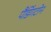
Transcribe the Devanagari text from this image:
पैडिंगटोन